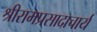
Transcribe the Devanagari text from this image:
श्रीरामप्रसादाचार्य